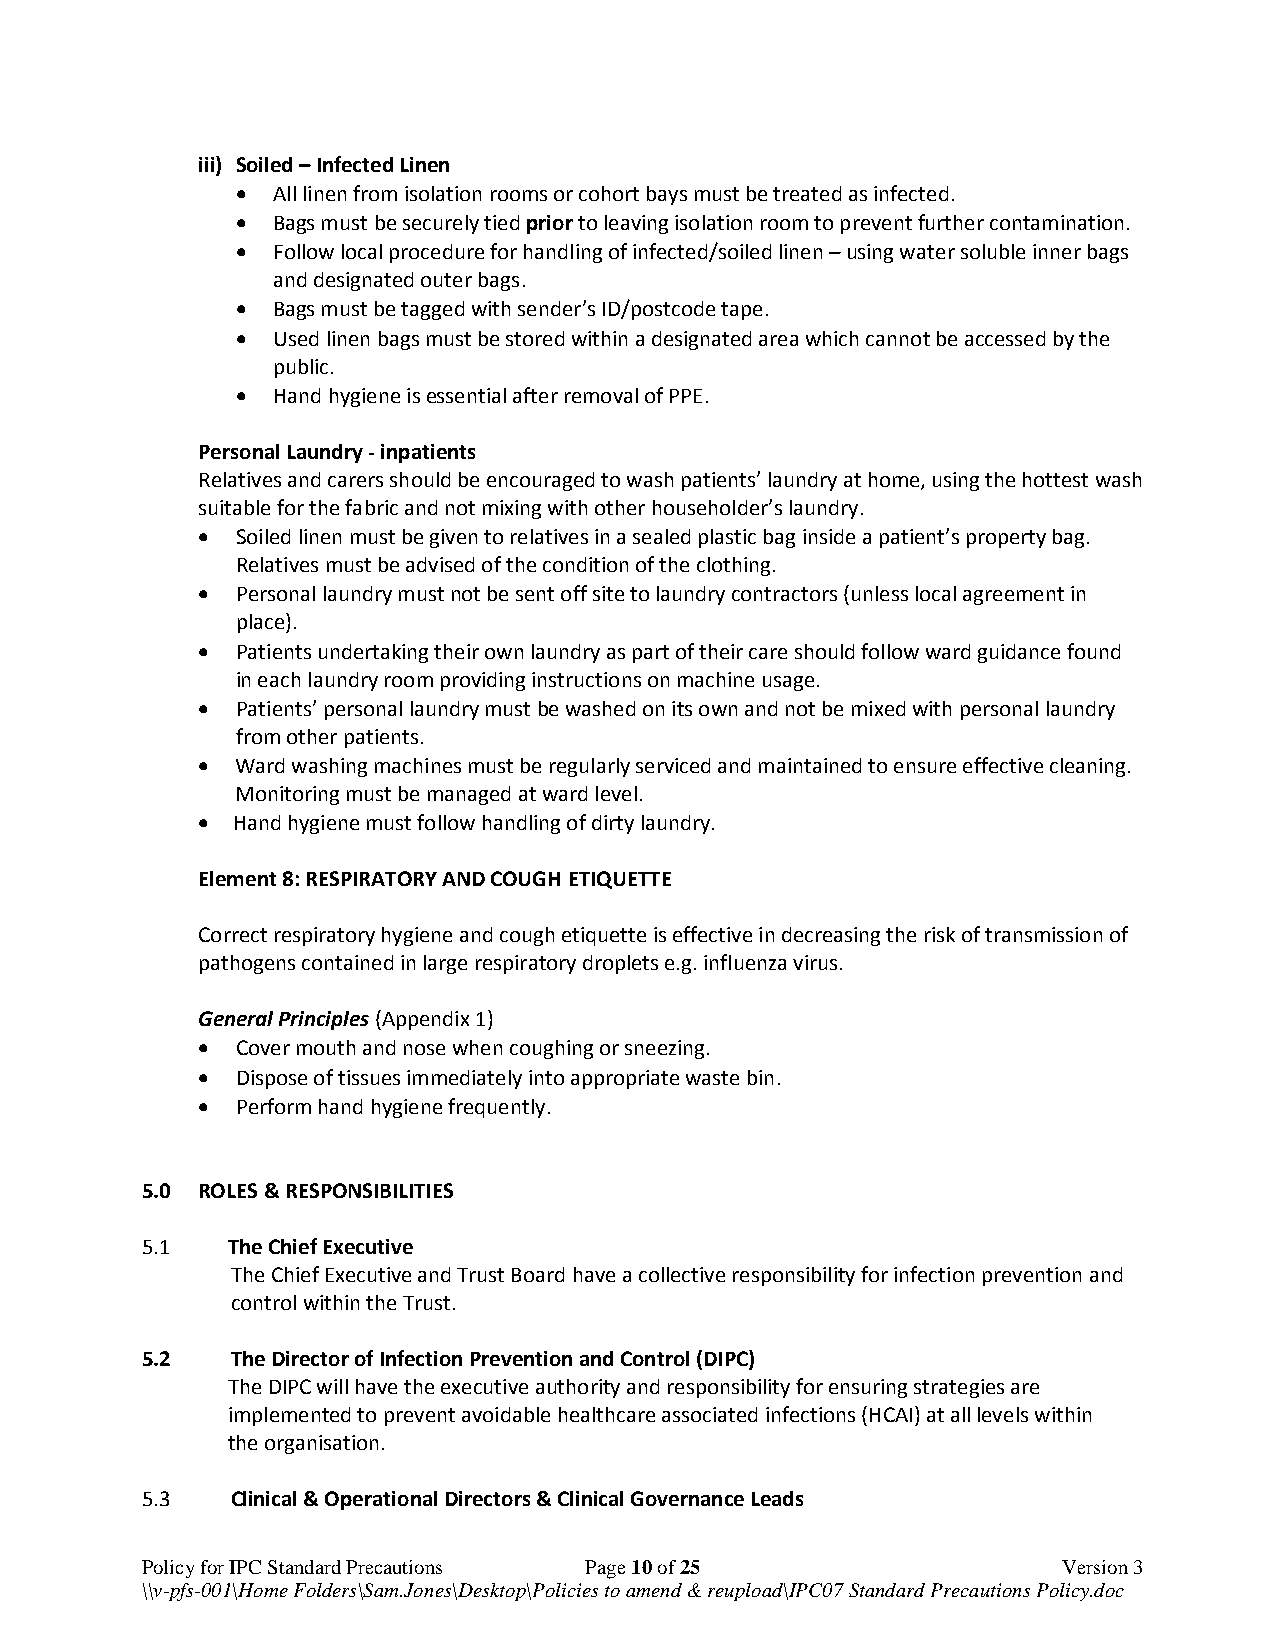
iii) Soiled – Infected Linen
  All linen from isolation rooms or cohort bays must be treated as infected.
  Bags must be securely tied prior to leaving isolation room to prevent further contamination.
  Follow local procedure for handling of infected/soiled linen – using water soluble inner bags
 and designated outer bags.
  Bags must be tagged with sender’s ID/postcode tape.
  Used linen bags must be stored within a designated area which cannot be accessed by the
 public.
  Hand hygiene is essential after removal of PPE.
 Personal Laundry - inpatients
 Relatives and carers should be encouraged to wash patients’ laundry at home, using the hottest wash
 suitable for the fabric and not mixing with other householder’s laundry.
   Soiled linen must be given to relatives in a sealed plastic bag inside a patient’s property bag.
 Relatives must be advised of the condition of the clothing.
   Personal laundry must not be sent off site to laundry contractors (unless local agreement in
 place).
   Patients undertaking their own laundry as part of their care should follow ward guidance found
 in each laundry room providing instructions on machine usage.
   Patients’ personal laundry must be washed on its own and not be mixed with personal laundry
 from other patients.
   Ward washing machines must be regularly serviced and maintained to ensure effective cleaning.
 Monitoring must be managed at ward level.
  Hand hygiene must follow handling of dirty laundry.
 Element 8: RESPIRATORY AND COUGH ETIQUETTE
 Correct respiratory hygiene and cough etiquette is effective in decreasing the risk of transmission of
 pathogens contained in large respiratory droplets e.g. influenza virus.
 General Principles (Appendix 1)
   Cover mouth and nose when coughing or sneezing.
   Dispose of tissues immediately into appropriate waste bin.
   Perform hand hygiene frequently.
 5.0 ROLES & RESPONSIBILITIES
 5.1   The Chief Executive
 The Chief Executive and Trust Board have a collective responsibility for infection prevention and
 control within the Trust.
 5.2   The Director of Infection Prevention and Control (DIPC)
 The DIPC will have the executive authority and responsibility for ensuring strategies are
 implemented to prevent avoidable healthcare associated infections (HCAI) at all levels within
 the organisation.
 5.3   Clinical & Operational Directors & Clinical Governance Leads
 Policy for IPC Standard Precautions Page 10 of 25            Version 3
 \\v-pfs-001\Home Folders\Sam.Jones\Desktop\Policies to amend & reupload\IPC07 Standard Precautions Policy.doc